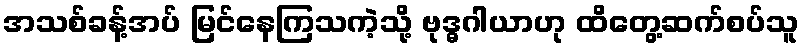
အသစ်ခန့်အပ် မြင်နေကြသကဲ့သို့ ဗုဒ္ဓဂါယာဟု ထိတွေ့ဆက်စပ်သူ